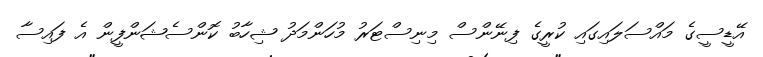
އޭޑީސީގެ މައްސަލައިގައި ކުރީގެ ފިނޭންސް މިނިސްޓަރު މުހަންމަދު ޝިހާބު ކޮންސެޝަންފީން އެ ފައިސާ